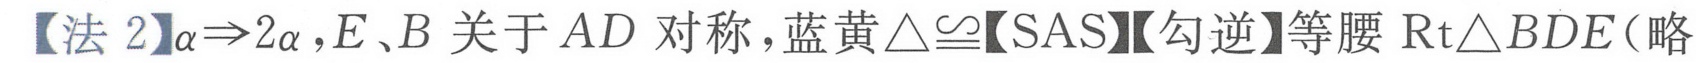
【法 2】$\alpha\Rightarrow2\alpha ,E、B$ 关于 $AD$ 对称，蓝黄$\triangle\cong$【SAS】【勾逆】等腰 $\text{Rt}\triangle BDE$(略)